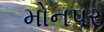
મોનપર